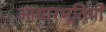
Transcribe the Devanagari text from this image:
आधारभूतियों